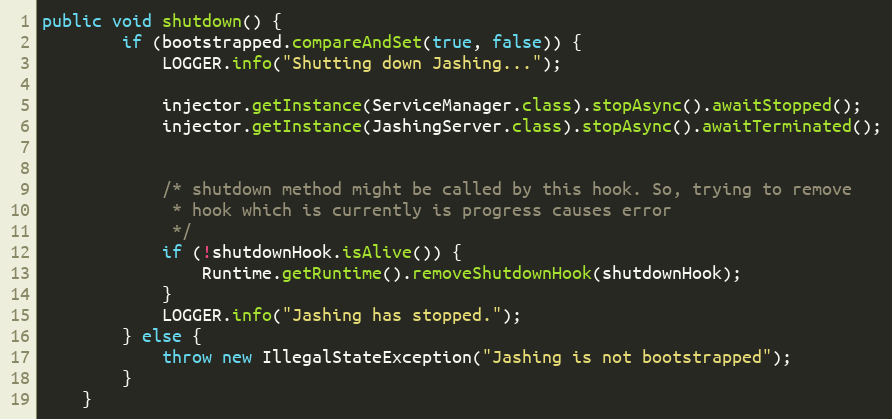
Language: Java
public void shutdown() {
        if (bootstrapped.compareAndSet(true, false)) {
            LOGGER.info("Shutting down Jashing...");

            injector.getInstance(ServiceManager.class).stopAsync().awaitStopped();
            injector.getInstance(JashingServer.class).stopAsync().awaitTerminated();

            /* shutdown method might be called by this hook. So, trying to remove
             * hook which is currently is progress causes error
             */
            if (!shutdownHook.isAlive()) {
                Runtime.getRuntime().removeShutdownHook(shutdownHook);
            }
            LOGGER.info("Jashing has stopped.");
        } else {
            throw new IllegalStateException("Jashing is not bootstrapped");
        }
    }